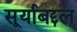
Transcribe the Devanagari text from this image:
सूर्याबद्दल